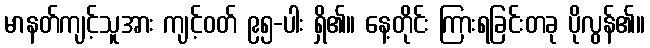
မာနတ်ကျင့်သူအား ကျင့်ဝတ် ၉၅-ပါး ရှိ၏။ နေ့တိုင်း ကြားရခြင်းတခု ပိုလွန်၏။